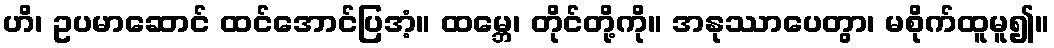
ဟိ၊ ဥပမာဆောင် ထင်အောင်ပြအံ့။ ထမ္ဘေ၊ တိုင်တို့ကို။ အနုဿာပေတွာ၊ မစိုက်ထူမူ၍။